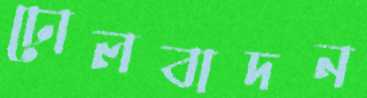
ঢোলবাদন